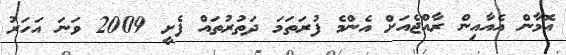
އޮމާން އެއާއިން ރާއްޖެއަށް އެންމެ ފުރަތަމަ ދަތުރުތައް ފެށީ 2009 ވަނަ އަހަރު